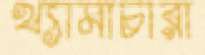
খ্যামাচারা